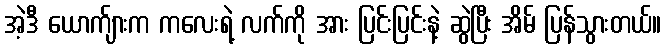
အဲ့ဒီ ယောက်ျားက ကလေးရဲ့ လက်ကို အား ပြင်းပြင်းနဲ့ ဆွဲပြီး အိမ် ပြန်သွားတယ်။